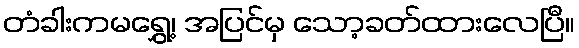
တံခါးကမရွှေ့၊ အပြင်မှ သော့ခတ်ထားလေပြီ။